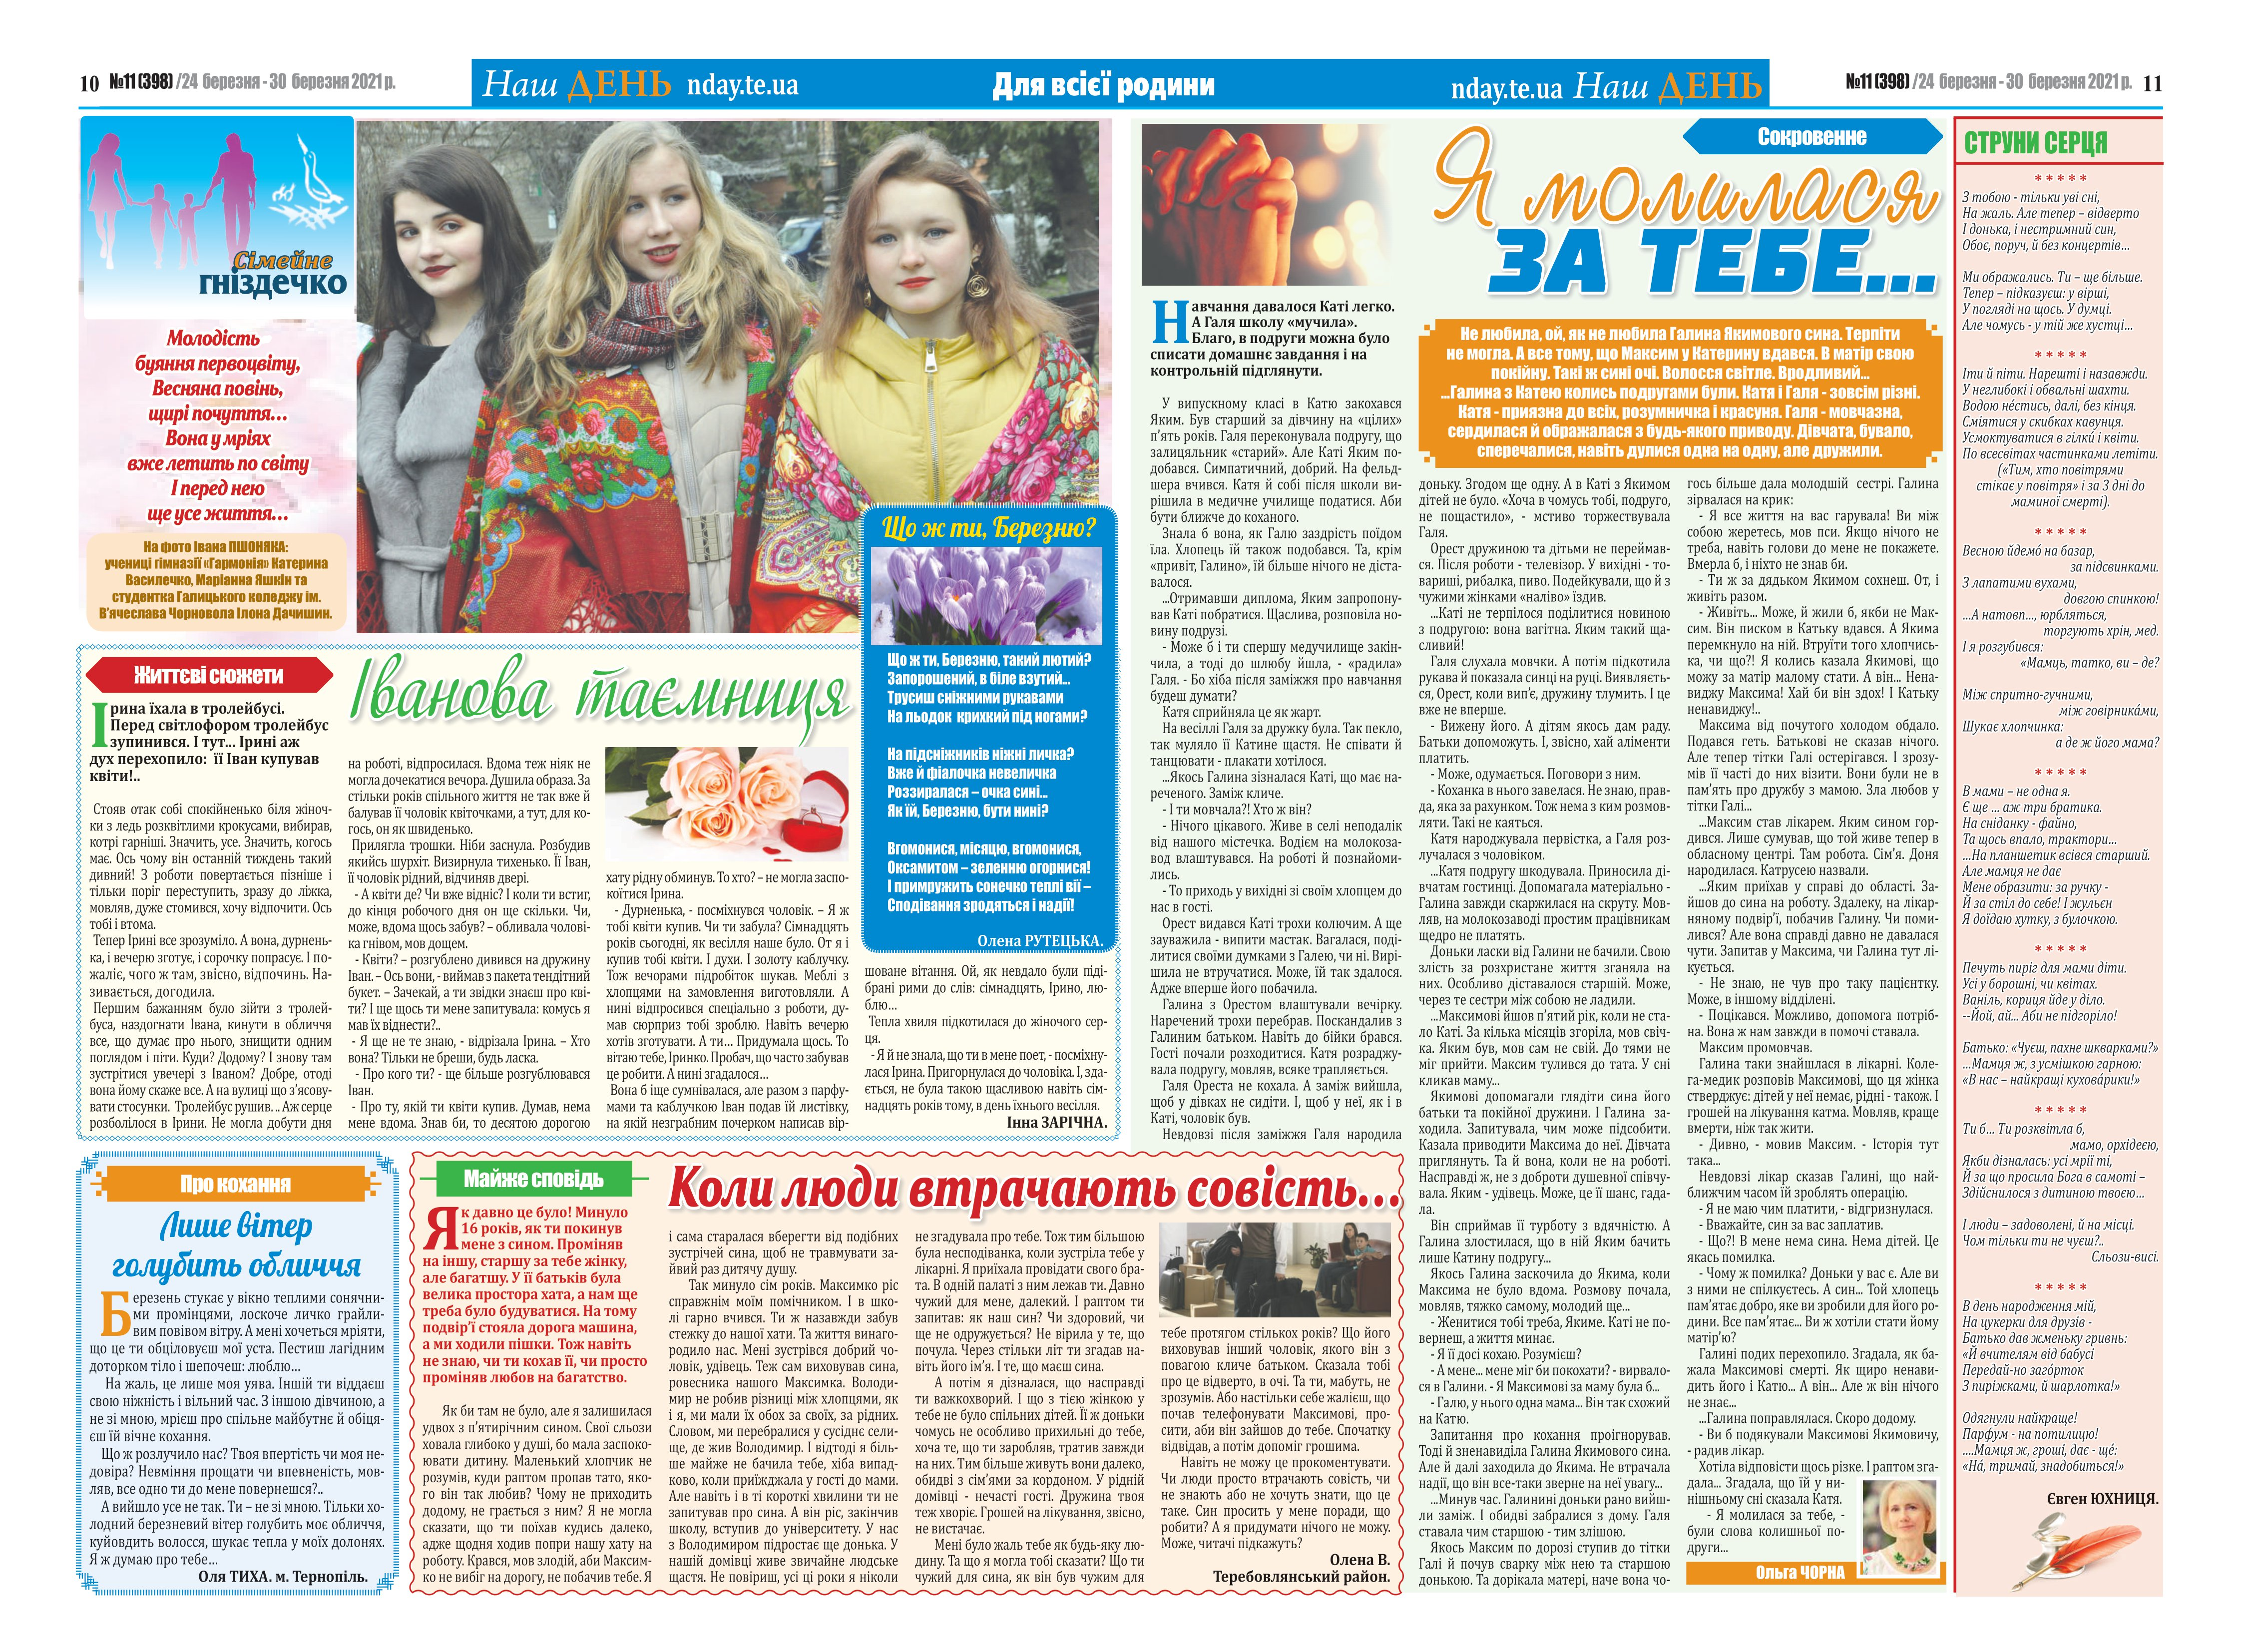
Language: uk